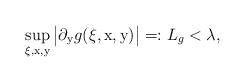
LaTeX: \begin{align*} \sup_{\xi,\mathrm{x}, \mathrm{y}}\big| \partial_{\mathrm{y}}g(\xi,\mathrm{x}, \mathrm{y})\big|=:L_g<\lambda, \end{align*}